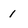
Character: 1